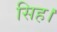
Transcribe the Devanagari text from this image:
सिह।